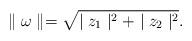
LaTeX: \begin{align*}\parallel\omega\parallel = \sqrt{\mid z_1\mid^2+\mid z_2\mid^2}.\end{align*}